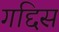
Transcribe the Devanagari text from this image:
गद्दिस